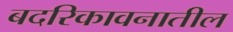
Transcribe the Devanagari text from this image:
बदरिकावनातील